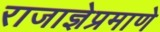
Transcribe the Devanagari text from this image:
राजाज्ञेप्रमाणे